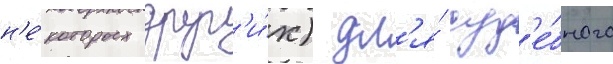
н'е́которых друг'и́х) дл'я́ суд'е́бного